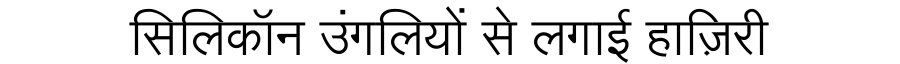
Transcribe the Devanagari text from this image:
सिलिकॉन उंगलियों से लगाई हाज़िरी